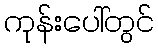
ကုန်းပေါ်တွင်